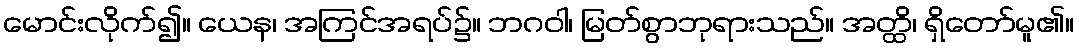
မောင်းလိုက်၍။ ယေန၊ အကြင်အရပ်၌။ ဘဂဝါ၊ မြတ်စွာဘုရားသည်။ အတ္ထိ၊ ရှိတော်မူ၏။